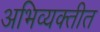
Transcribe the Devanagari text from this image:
अभिव्यक्तीत